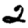
Digit: 2